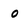
Character: 0